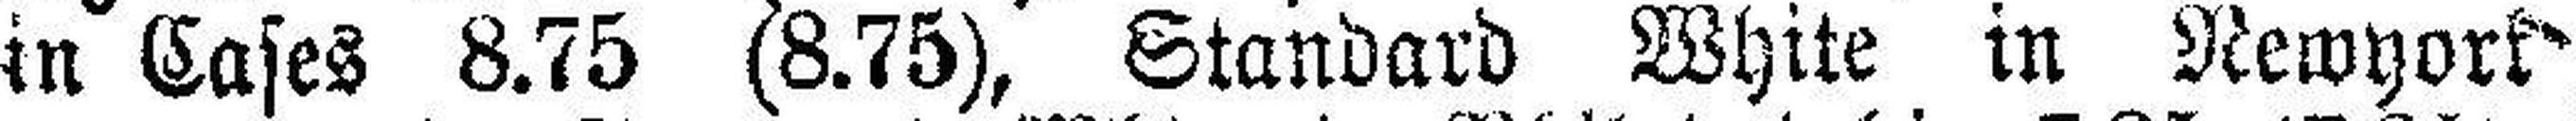
in Cases 8.75 (8.75), Standard White in Newyork